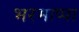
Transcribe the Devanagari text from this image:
भरमाप्पा